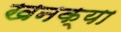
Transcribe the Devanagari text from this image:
खनक्या